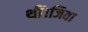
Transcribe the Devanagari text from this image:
थीं।जिवा